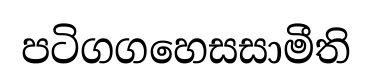
පටිගගහෙසසාමීති